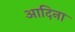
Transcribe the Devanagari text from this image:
आदिना